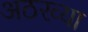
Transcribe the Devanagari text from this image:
अठरव्या